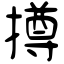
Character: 撙